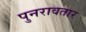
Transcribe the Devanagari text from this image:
पुनरावतार